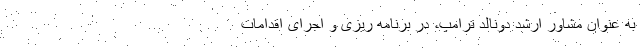
به عنوان مشاور ارشد دونالد ترامپ، در برنامه ریزی و اجرای اقدامات